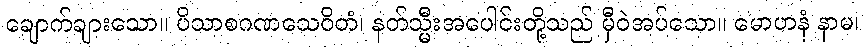
ချောက်ချားသော။ ပိသာစဂဏသေဝိတံ၊ နတ်သ္မီးအပေါင်းတို့သည် မှီဝဲအပ်သော။ မောဟနံ နာမ၊